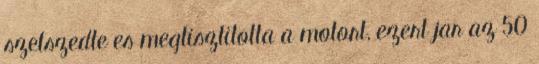
szetszedte es megtisztitotta a motort, ezert jar az 50